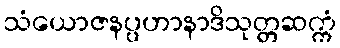
သံယောဇနပ္ပဟာနာဒိသုတ္တဆက္ကံ